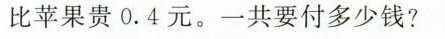
比苹果贵0.4元。一共要付多少钱?